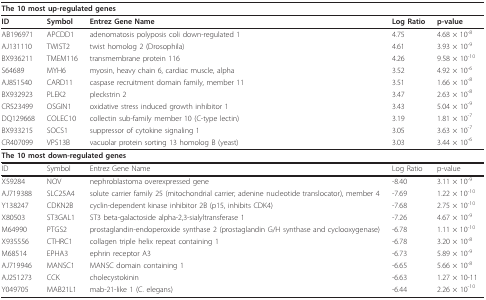
<table><thead><tr><td colspan="5"><b>The 10 most up-regulated genes</b></td></tr></thead><tbody><tr><td><b>ID</b></td><td><b>Symbol</b></td><td><b>Entrez Gene Name</b></td><td><b>Log Ratio</b></td><td><b>p-value</b></td></tr><tr><td>AB196971</td><td>APCDD1</td><td>adenomatosis polyposis coli down-regulated 1</td><td>4.75</td><td>4.68 × 10<sup>-8</sup></td></tr><tr><td>AJ131110</td><td>TWIST2</td><td>twist homolog 2 (Drosophila)</td><td>4.61</td><td>3.93 × 10<sup>-9</sup></td></tr><tr><td>BX936211</td><td>TMEM116</td><td>transmembrane protein 116</td><td>4.26</td><td>9.58 × 10<sup>-10</sup></td></tr><tr><td>S64689</td><td>MYH6</td><td>myosin, heavy chain 6, cardiac muscle, alpha</td><td>3.52</td><td>4.92 × 10<sup>-6</sup></td></tr><tr><td>AJ851540</td><td>CARD11</td><td>caspase recruitment domain family, member 11</td><td>3.51</td><td>1.66 × 10<sup>-8</sup></td></tr><tr><td>BX932923</td><td>PLEK2</td><td>pleckstrin 2</td><td>3.47</td><td>2.63 × 10<sup>-8</sup></td></tr><tr><td>CR523499</td><td>OSGIN1</td><td>oxidative stress induced growth inhibitor 1</td><td>3.43</td><td>5.04 × 10<sup>-9</sup></td></tr><tr><td>DQ129668</td><td>COLEC10</td><td>collectin sub-family member 10 (C-type lectin)</td><td>3.19</td><td>1.81 × 10<sup>-7</sup></td></tr><tr><td>BX933215</td><td>SOCS1</td><td>suppressor of cytokine signaling 1</td><td>3.05</td><td>3.63 × 10<sup>-7</sup></td></tr><tr><td>CR407099</td><td>VPS13B</td><td>vacuolar protein sorting 13 homolog B (yeast)</td><td>3.03</td><td>3.44 × 10<sup>-6</sup></td></tr><tr><td colspan="5"><b>The 10 most down-regulated genes</b></td></tr><tr><td>ID</td><td>Symbol</td><td>Entrez Gene Name</td><td>Log Ratio</td><td>p-value</td></tr><tr><td>X59284</td><td>NOV</td><td>nephroblastoma overexpressed gene</td><td>-8.40</td><td>3.11 × 10<sup>-9</sup></td></tr><tr><td>AJ719388</td><td>SLC25A4</td><td>solute carrier family 25 (mitochondrial carrier; adenine nucleotide translocator), member 4</td><td>-7.69</td><td>1.22 × 10<sup>-10</sup></td></tr><tr><td>Y138247</td><td>CDKN2B</td><td>cyclin-dependent kinase inhibitor 2B (p15, inhibits CDK4)</td><td>-7.68</td><td>2.75 × 10<sup>-10</sup></td></tr><tr><td>X80503</td><td>ST3GAL1</td><td>ST3 beta-galactoside alpha-2,3-sialyltransferase 1</td><td>-7.26</td><td>4.67 × 10<sup>-9</sup></td></tr><tr><td>M64990</td><td>PTGS2</td><td>prostaglandin-endoperoxide synthase 2 (prostaglandin G/H synthase and cyclooxygenase)</td><td>-6.78</td><td>1.11 × 10<sup>-10</sup></td></tr><tr><td>X935556</td><td>CTHRC1</td><td>collagen triple helix repeat containing 1</td><td>-6.78</td><td>3.20 × 10<sup>-8</sup></td></tr><tr><td>M68514</td><td>EPHA3</td><td>ephrin receptor A3</td><td>-6.73</td><td>5.89 × 10<sup>-9</sup></td></tr><tr><td>AJ719946</td><td>MANSC1</td><td>MANSC domain containing 1</td><td>-6.65</td><td>5.66 × 10<sup>-8</sup></td></tr><tr><td>AJ251273</td><td>CCK</td><td>cholecystokinin</td><td>-6.63</td><td>1.27 × 10-11</td></tr><tr><td>Y049705</td><td>MAB21L1</td><td>mab-21-like 1 (C. elegans)</td><td>-6.44</td><td>2.26 × 10<sup>-10</sup></td></tr></tbody></table>